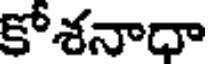
కోశనాధా